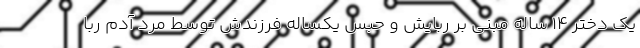
یک دختر ۱۴ ساله مبنی بر ربایش و حبس یکساله فرزندش توسط مرد آدم ربا